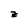
Character: z